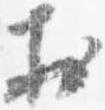
於